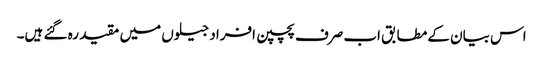
اس بیان کے مطابق اب صرف پچپن افراد جیلوں میں مقید رہ گئے ہیں۔